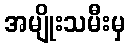
အမျိုးသမီးမှ